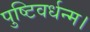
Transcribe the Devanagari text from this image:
पुष्टिवर्धन्म।